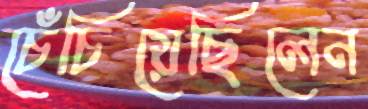
চেঁচিয়েছিলেন